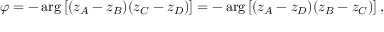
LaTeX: \varphi = - \arg \left[ ( z _ { A } - z _ { B } ) ( z _ { C } - z _ { D } ) \right] = - \arg \left[ ( z _ { A } - z _ { D } ) ( z _ { B } - z _ { C } ) \right] ,